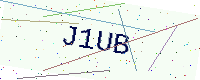
Text: J1UB